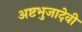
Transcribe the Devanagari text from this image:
अष्टभुजादेवी